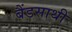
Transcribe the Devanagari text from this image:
बैंडसाथी